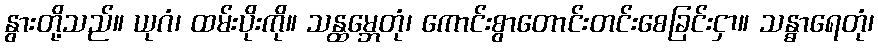
နွားတို့သည်။ ယုဂံ၊ ထမ်းပိုးကို။ သန္ထမ္ဘေတုံ၊ ကောင်းစွာတောင်းတင်းစေခြင်းငှာ။ သန္ဓာရေတုံ၊